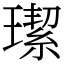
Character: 𤩦